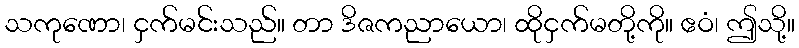
သကုဏော၊ ငှက်မင်းသည်။ တာ ဒိဇကညာယော၊ ထိုငှက်မတို့ကို။ ဧဝံ၊ ဤသို့။